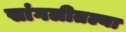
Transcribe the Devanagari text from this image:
सांगलीतल्या